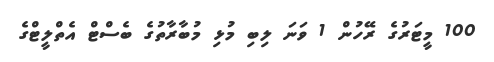
100 މީޓަރުގެ ރޭހުން 1 ވަނަ ލިބި މުޅި މުބާރާތުގެ ބެސްޓް އެތްލީޓްގެ